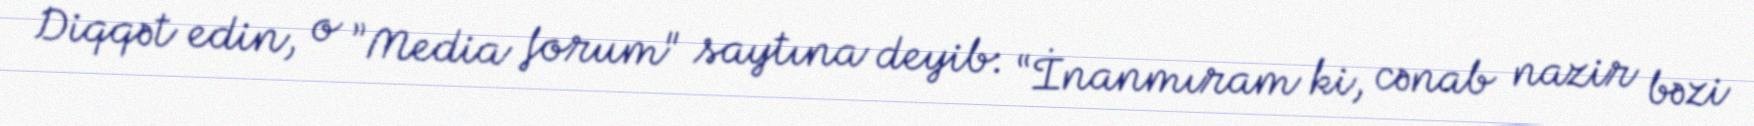
Diqqət edin, o ”Media forum" saytına deyib: “İnanmıram ki, cənab nazir bəzi